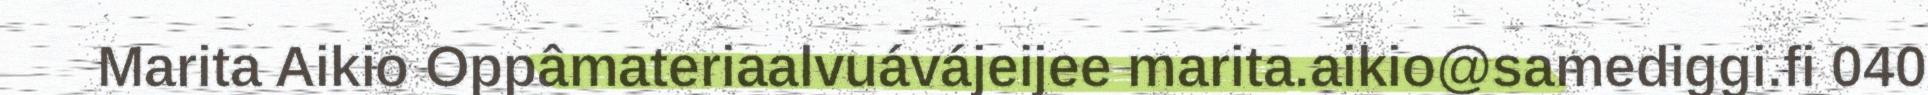
Marita Aikio Oppâmateriaalvuávájeijee marita.aikio@samediggi.fi 040